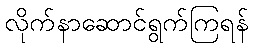
လိုက်နာဆောင်ရွက်ကြရန်